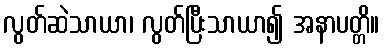
လွတ်ဆဲသာယာ၊ လွတ်ပြီးသာယာ၍ အနာပတ္တိ။